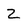
Character: Z